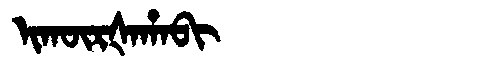
Manchu: ᡳᡴᡡᡵᡧᠠᡥᠠᠪᡳ
Romanization: IKŪRŠAHABI